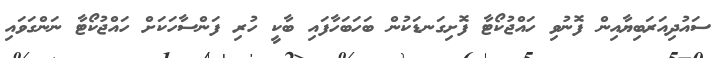
ސައުދިއަރަބިޔާއިން ފޮނުވި ހައްޖުކޯޓާ ފޮށިގަނޑަކުން ބަހަބަހާފައި ބާކީ ހުރި ފަންސާހަކަށް ހައްޖުކޯޓާ ނަންގަވައި